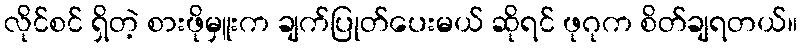
လိုင်စင် ရှိတဲ့ စားဖိုမှူးက ချက်ပြုတ်ပေးမယ် ဆိုရင် ဖုဂုက စိတ်ချရတယ်။